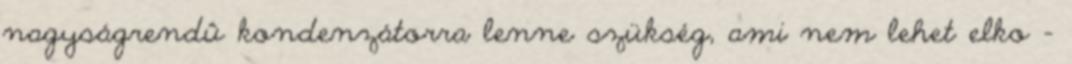
nagyságrendû kondenzátorra lenne szükség, ami nem lehet elko -